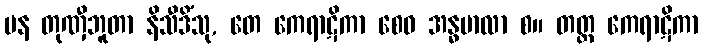
ပန တုဏှီဘူတာ နိသီဒိံသု, တေ ကေရာဋိကာ စေဝ အန္ဓဗာလာ စ။ တတ္ထ ကေရာဋိကာ